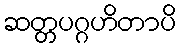
ဆတ္တပဂ္ဂဟိတာပိ